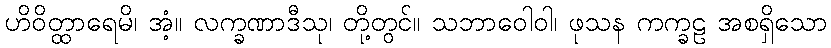
ဟိဝိတ္ထာရေမိ၊ အံ့။ လက္ခဏာဒီသု၊ တို့တွင်။ သဘာဝေါဝါ၊ ဖုသန ကက္ခဠ အစရှိသော